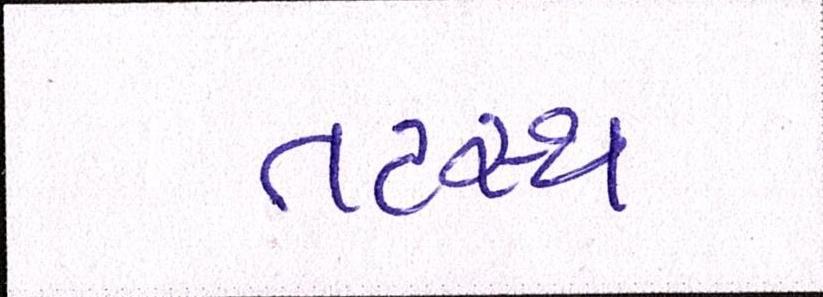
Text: તટસ્થ